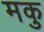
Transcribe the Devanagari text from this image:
मकु